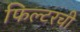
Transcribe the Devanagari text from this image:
फिल्टरची